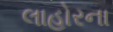
લાહોરના